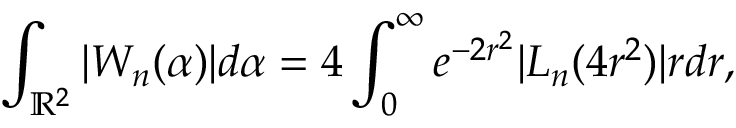
\int _ { \mathbb { R } ^ { 2 } } | W _ { n } ( \alpha ) | d \alpha = 4 \int _ { 0 } ^ { \infty } e ^ { - 2 r ^ { 2 } } | L _ { n } ( 4 r ^ { 2 } ) | r d r ,